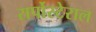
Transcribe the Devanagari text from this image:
सर्पोस्टेराल